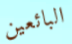
البائعين